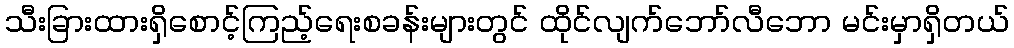
သီးခြားထားရှိစောင့်ကြည့်ရေးစခန်းများတွင် ထိုင်လျက်ဘော်လီဘော မင်းမှာရှိတယ်